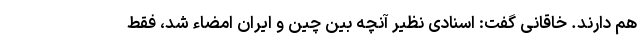
هم دارند. خاقانی گفت: اسنادی نظیر آنچه بین چین و ایران امضاء شد، فقط